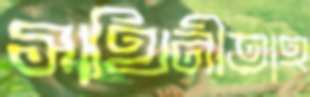
সাথিনীতাহ